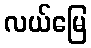
လယ်မြေ